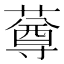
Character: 䔿